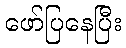
ဖော်ပြနေပြီး